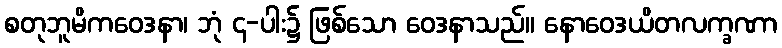
စတုဘူမိကဝေဒနာ၊ ဘုံ ၄-ပါး၌ ဖြစ်သော ဝေဒနာသည်။ နောဝေဒယိတလက္ခဏာ